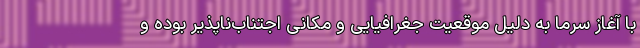
با آغاز سرما به دلیل موقعیت جغرافیایی و مکانی اجتناب‌ناپذیر بوده و